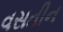
વસતીન